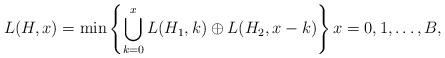
LaTeX: \begin{align*}L(H,x) = \min \left\{\bigcup_{k=0}^x L(H_1,k) \oplus L(H_2,x-k)\right\} x = 0,1,\ldots,B,\end{align*}